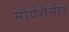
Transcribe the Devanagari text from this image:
मौर्यशैलीत